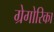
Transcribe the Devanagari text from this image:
ग्रेगोरिका